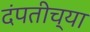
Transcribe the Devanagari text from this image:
दंपतीच्या